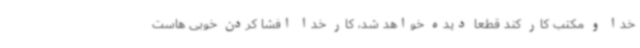
خدا و مکتب کار کند قطعا دیده خواهد شد، کار خدا افشا کردن خوبی هاست